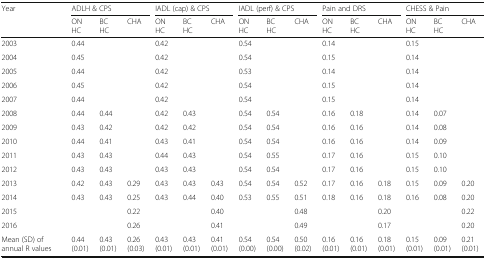
<table><thead><tr><td><b>Year</b></td><td colspan="3"><b>ADLH &amp; CPS</b></td><td colspan="3"><b>IADL (cap) &amp; CPS</b></td><td colspan="3"><b>IADL (perf) &amp; CPS</b></td><td colspan="3"><b>Pain and DRS</b></td><td colspan="3"><b>CHESS &amp; Pain</b></td></tr><tr><td></td><td><b>ON HC</b></td><td><b>BC HC</b></td><td><b>CHA</b></td><td><b>ON HC</b></td><td><b>BC HC</b></td><td><b>CHA</b></td><td><b>ON HC</b></td><td><b>BC HC</b></td><td><b>CHA</b></td><td><b>ON HC</b></td><td><b>BC HC</b></td><td><b>CHA</b></td><td><b>ON HC</b></td><td><b>BC HC</b></td><td><b>CHA</b></td></tr></thead><tbody><tr><td>2003</td><td>0.44</td><td></td><td></td><td>0.42</td><td></td><td></td><td>0.54</td><td></td><td></td><td>0.14</td><td></td><td></td><td>0.15</td><td></td><td></td></tr><tr><td>2004</td><td>0.45</td><td></td><td></td><td>0.42</td><td></td><td></td><td>0.54</td><td></td><td></td><td>0.15</td><td></td><td></td><td>0.14</td><td></td><td></td></tr><tr><td>2005</td><td>0.44</td><td></td><td></td><td>0.42</td><td></td><td></td><td>0.53</td><td></td><td></td><td>0.14</td><td></td><td></td><td>0.14</td><td></td><td></td></tr><tr><td>2006</td><td>0.45</td><td></td><td></td><td>0.42</td><td></td><td></td><td>0.54</td><td></td><td></td><td>0.15</td><td></td><td></td><td>0.14</td><td></td><td></td></tr><tr><td>2007</td><td>0.44</td><td></td><td></td><td>0.42</td><td></td><td></td><td>0.54</td><td></td><td></td><td>0.15</td><td></td><td></td><td>0.14</td><td></td><td></td></tr><tr><td>2008</td><td>0.44</td><td>0.44</td><td></td><td>0.42</td><td>0.43</td><td></td><td>0.54</td><td>0.54</td><td></td><td>0.16</td><td>0.18</td><td></td><td>0.14</td><td>0.07</td><td></td></tr><tr><td>2009</td><td>0.43</td><td>0.42</td><td></td><td>0.42</td><td>0.42</td><td></td><td>0.54</td><td>0.54</td><td></td><td>0.16</td><td>0.16</td><td></td><td>0.14</td><td>0.08</td><td></td></tr><tr><td>2010</td><td>0.44</td><td>0.41</td><td></td><td>0.43</td><td>0.41</td><td></td><td>0.54</td><td>0.54</td><td></td><td>0.16</td><td>0.16</td><td></td><td>0.14</td><td>0.09</td><td></td></tr><tr><td>2011</td><td>0.43</td><td>0.43</td><td></td><td>0.44</td><td>0.43</td><td></td><td>0.54</td><td>0.55</td><td></td><td>0.17</td><td>0.16</td><td></td><td>0.15</td><td>0.10</td><td></td></tr><tr><td>2012</td><td>0.43</td><td>0.43</td><td></td><td>0.43</td><td>0.43</td><td></td><td>0.54</td><td>0.54</td><td></td><td>0.17</td><td>0.16</td><td></td><td>0.15</td><td>0.10</td><td></td></tr><tr><td>2013</td><td>0.42</td><td>0.43</td><td>0.29</td><td>0.43</td><td>0.43</td><td>0.43</td><td>0.54</td><td>0.54</td><td>0.52</td><td>0.17</td><td>0.16</td><td>0.18</td><td>0.15</td><td>0.09</td><td>0.20</td></tr><tr><td>2014</td><td>0.43</td><td>0.43</td><td>0.25</td><td>0.43</td><td>0.44</td><td>0.40</td><td>0.53</td><td>0.55</td><td>0.51</td><td>0.18</td><td>0.16</td><td>0.18</td><td>0.16</td><td>0.08</td><td>0.20</td></tr><tr><td>2015</td><td></td><td></td><td>0.22</td><td></td><td></td><td>0.40</td><td></td><td></td><td>0.48</td><td></td><td></td><td>0.20</td><td></td><td></td><td>0.22</td></tr><tr><td>2016</td><td></td><td></td><td>0.26</td><td></td><td></td><td>0.41</td><td></td><td></td><td>0.49</td><td></td><td></td><td>0.17</td><td></td><td></td><td>0.20</td></tr><tr><td>Mean (SD) of annual R values</td><td>0.44 (0.01)</td><td>0.43 (0.01)</td><td>0.26 (0.03)</td><td>0.43 (0.01)</td><td>0.43 (0.01)</td><td>0.41 (0.01)</td><td>0.54 (0.00)</td><td>0.54 (0.00)</td><td>0.50 (0.02)</td><td>0.16 (0.01)</td><td>0.16 (0.01)</td><td>0.18 (0.01)</td><td>0.15 (0.01)</td><td>0.09 (0.01)</td><td>0.21 (0.01)</td></tr></tbody></table>